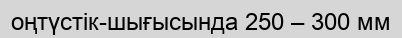
оңтүстік-шығысында 250 – 300 мм